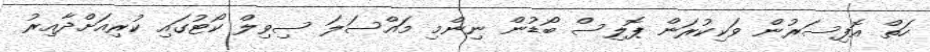
ހަތް އޮފިސަރުން ވަކިކުރަން ޕޮލިސް ބޯޑުން ނިންމި މައްސަލަ ސިވިލް ކޯޓުގައި ކުރިއަށްދާއިރު